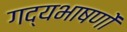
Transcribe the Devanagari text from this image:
गद्यभाषणों